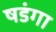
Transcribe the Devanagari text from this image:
षडंगा